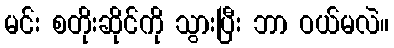
မင်း စတိုးဆိုင်ကို သွားပြီး ဘာ ဝယ်မလဲ။